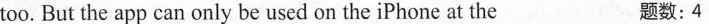
too.But the app can only be used on the iPhone at the 题数:4